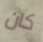
كان